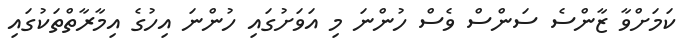
ކަމަށްވާ ޒާންސެ ސަންސް ވެސް ހުންނަ މި އަވަށުގައި ހުންނަ އިހުގެ އިމާރާތްތަކުގައި